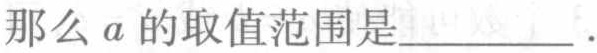
那么\(a\)的取值范围是____________.